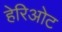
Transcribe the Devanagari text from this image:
हेरिओट